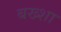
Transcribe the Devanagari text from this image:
बख्‍शा